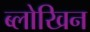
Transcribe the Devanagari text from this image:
ब्लोखिन